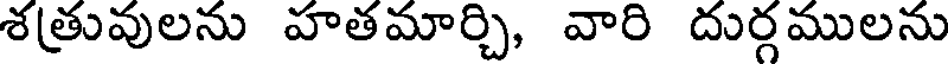
శత్రువులను హతమార్చి, వారి దుర్గములను